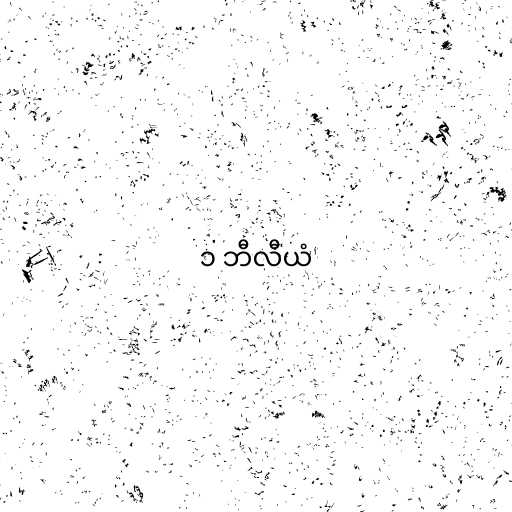
၁ ဘီလီယံ